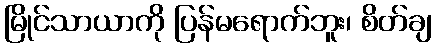
မြိုင်သာယာကို ပြန်မရောက်ဘူး၊ စိတ်ချ